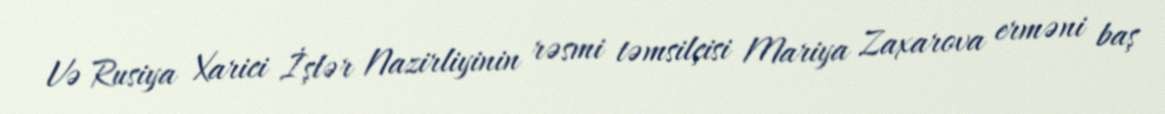
Və Rusiya Xarici İşlər Nazirliyinin rəsmi təmsilçisi Mariya Zaxarova erməni baş